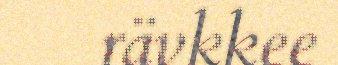
rävkkee